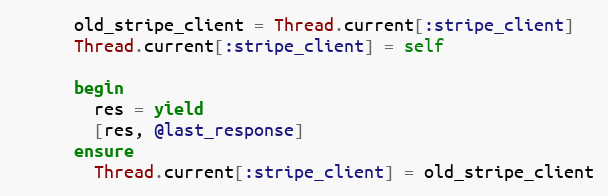
Language: Ruby
      old_stripe_client = Thread.current[:stripe_client]
      Thread.current[:stripe_client] = self

      begin
        res = yield
        [res, @last_response]
      ensure
        Thread.current[:stripe_client] = old_stripe_client